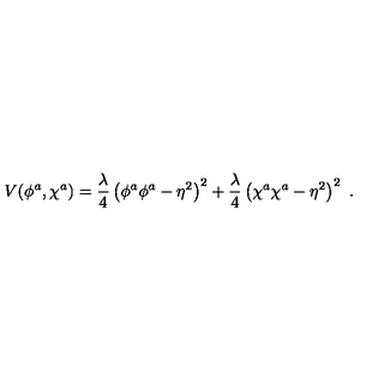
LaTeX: V ( \phi ^ { a } , \chi ^ { a } ) = \frac { \lambda } 4 \left( \phi ^ { a } \phi ^ { a } - \eta ^ { 2 } \right) ^ { 2 } + \frac { \lambda } 4 \left( \chi ^ { a } \chi ^ { a } - \eta ^ { 2 } \right) ^ { 2 } \ .